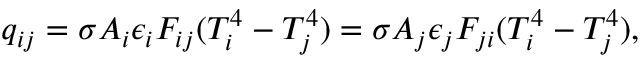
q _ { i j } = \sigma A _ { i } \epsilon _ { i } F _ { i j } ( T _ { i } ^ { 4 } - T _ { j } ^ { 4 } ) = \sigma A _ { j } \epsilon _ { j } F _ { j i } ( T _ { i } ^ { 4 } - T _ { j } ^ { 4 } ) { , }